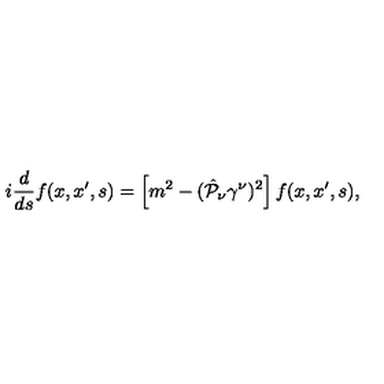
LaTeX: i \frac { d } { d s } f ( x , x ^ { \prime } , s ) = \left[ m ^ { 2 } - ( \hat { { \cal P } } _ { \nu } \gamma ^ { \nu } ) ^ { 2 } \right] f ( x , x ^ { \prime } , s ) ,